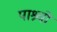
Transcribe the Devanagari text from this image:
पाश्र्वो